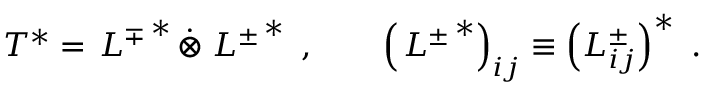
T ^ { * } = \left. L ^ { \mp } \right. ^ { * } \dot { \otimes } \left. L ^ { \pm } \right. ^ { * } ~ , ~ ~ ~ ~ ~ ~ \left( \left. L ^ { \pm } \right. ^ { * } \right) _ { i j } \equiv \left( L _ { i j } ^ { \pm } \right) ^ { * } ~ .